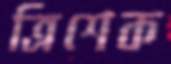
ত্রিশেক